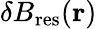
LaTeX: {\mathbf\delta B}_{\mathrm{res}}({\mathbf r})